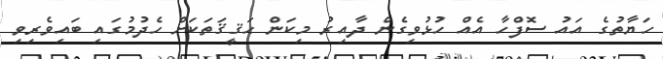
ހަޔާތުގެ އައު ސޮފްހާ އެއް ހުޅުވިގެން ދާއިރު މިކަން ޙަޤީޤަތަކަށް ހެދުމުގައި ބައިވެރިވި